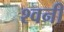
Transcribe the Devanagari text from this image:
श्वनी